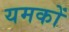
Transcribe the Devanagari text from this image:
यमकों